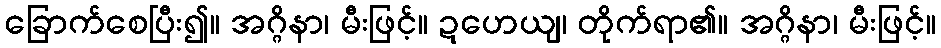
ခြောက်စေပြီး၍။ အဂ္ဂိနာ၊ မီးဖြင့်။ ဍဟေယျ၊ တိုက်ရာ၏။ အဂ္ဂိနာ၊ မီးဖြင့်။